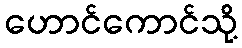
ဟောင်ကောင်သို့